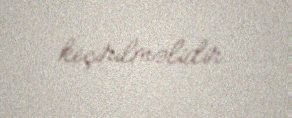
keçirilməlidir.